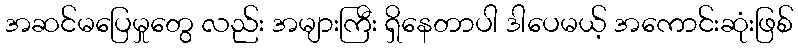
အဆင်မပြေမှုတွေ လည်း အများကြီး ရှိနေတာပါ ဒါပေမယ့် အကောင်းဆုံးဖြစ်